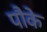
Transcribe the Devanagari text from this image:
पौके